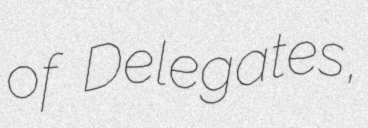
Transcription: of Delegates,